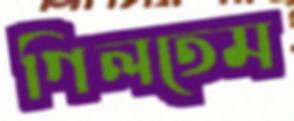
গিলতেম